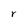
Character: r